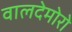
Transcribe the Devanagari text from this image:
वालदेमोरो